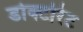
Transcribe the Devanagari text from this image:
डोक्टोरेट